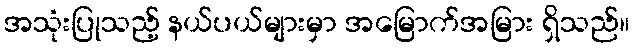
အသုံးပြုသည့် နယ်ပယ်များမှာ အမြောက်အမြား ရှိသည်။